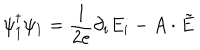
\psi _ { 1 } ^ { \dagger } \psi _ { 1 } = \frac { 1 } { 2 e } \partial _ { i } E _ { i } - A \cdot \tilde { E }